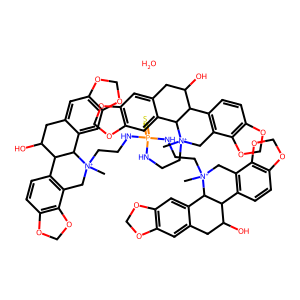
SMILES: C[N+]1(CCNP(=S)(NCC[N+]2(C)Cc3c(ccc4c3OCO4)C3C(O)Cc4cc5c(cc4C32)OCO5)NCC[N+]2(C)Cc3c(ccc4c3OCO4)C3C(O)Cc4cc5c(cc4C32)OCO5)Cc2c(ccc3c2OCO3)C2C(O)Cc3cc4c(cc3C21)OCO4.O
Inhibits HIV replication: No